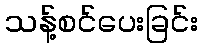
သန့်စင်ပေးခြင်း